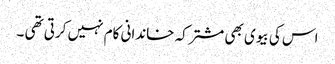
اس کی بیوی بھی مشترکہ خاندانی کام نہیں کرتی تھی ۔